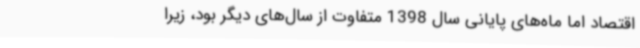
اقتصاد اما ماه‌های پایانی سال 1398 متفاوت از سال‌های دیگر بود، زیرا